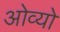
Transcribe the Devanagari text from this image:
ओव्यो